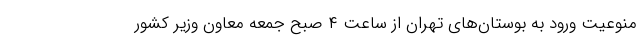
منوعیت ورود به بوستان‌های تهران از ساعت ۴ صبح جمعه معاون وزیر کشور